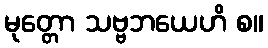
မုတ္တော သဗ္ဗဘယေဟိ စ။